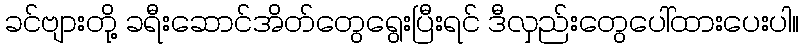
ခင်ဗျားတို့ ခရီးဆောင်အိတ်တွေရွေးပြီးရင် ဒီလှည်းတွေပေါ်ထားပေးပါ။